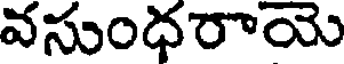
వసుంధరాయె